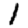
Digit: 1